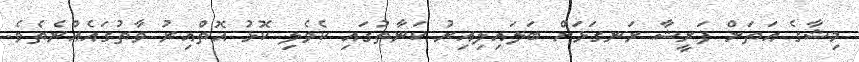
މިޝާގެ އަތަށް ފަރީޝާ ރަނގަޅަށް ބަލައިލިއިރު ކަނާތުގައި ކެވެލި ކޮޅު އޮތްއިރު ވާތުގައެއްނެތެވެ.